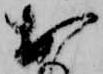
お